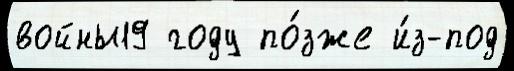
войны19 году по́зже и́з-под